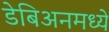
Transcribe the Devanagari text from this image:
डेबिअनमध्ये